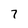
Character: 7